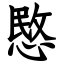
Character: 愍